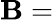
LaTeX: \mathbf{B}=